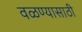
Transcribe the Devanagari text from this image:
वळण्यासाठी